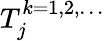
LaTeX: T_{j}^{k=1,2,\dots}